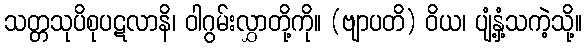
သတ္တသုပိစုပဋလာနိ၊ ဝါဂွမ်းလွှာတို့ကို။ (ဗျာပတိ) ဝိယ၊ ပျံ့နှံ့သကဲ့သို့။